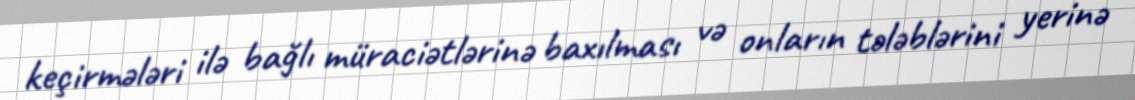
keçirmələri ilə bağlı müraciətlərinə baxılması və onların tələblərini yerinə